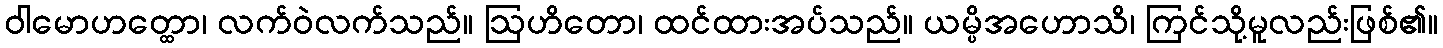
ဝါမောဟတ္ထော၊ လက်ဝဲလက်သည်။ ဩဟိတော၊ ထင်ထားအပ်သည်။ ယမ္ပိအဟောသိ၊ ကြင်သို့မူလည်းဖြစ်၏။